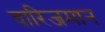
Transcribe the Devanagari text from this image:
वारिजमान